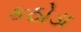
કઠોડા